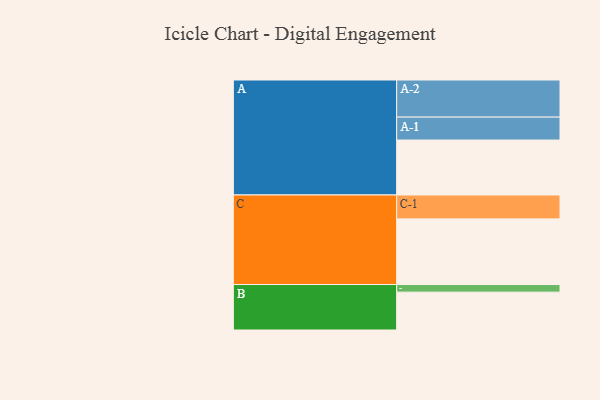
{"axis": {"x": "Segment", "y": "Value"}, "legend": ["", "A", "B", "C"], "data": [{"x": "A", "y": 441, "type": ""}, {"x": "B", "y": 304, "type": ""}, {"x": "C", "y": 527, "type": ""}, {"x": "A-1", "y": 184, "type": "A"}, {"x": "A-2", "y": 298, "type": "A"}, {"x": "B-1", "y": 61, "type": "B"}, {"x": "C-1", "y": 192, "type": "C"}]}